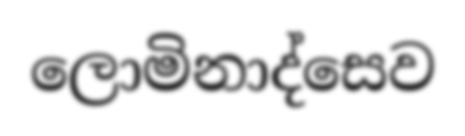
ලොමිනාද්සෙව